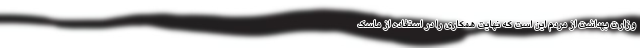
وزارت بهداشت از مردم این است که نهایت همکاری را در استفاده از ماسک